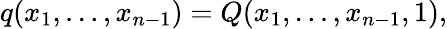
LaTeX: q(x_{1},\ldots,x_{n-1})=Q(x_{1},\ldots,x_{n-1},1),